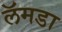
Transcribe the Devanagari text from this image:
लॅमडा